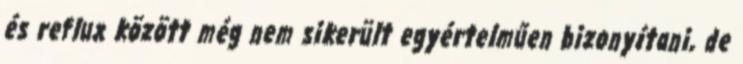
és reflux között még nem sikerült egyértelműen bizonyítani, de